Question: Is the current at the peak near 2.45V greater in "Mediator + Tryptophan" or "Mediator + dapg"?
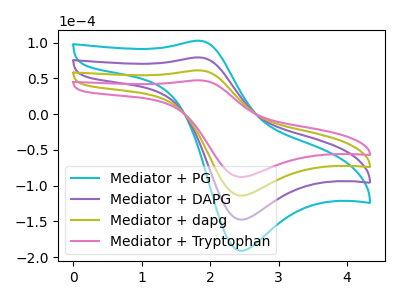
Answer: <think>The cyan curve "Mediator + PG" has an anodic peak at (1.85V, 183.30uA) and a cathodic peak at (2.45V, -341.50uA). The purple curve "Mediator + DAPG" has an anodic peak at (1.85V, 122.20uA) and a cathodic peak at (2.45V, -227.65uA). The olive curve "Mediator + dapg" has an anodic peak at (1.85V, 61.10uA) and a cathodic peak at (2.45V, -113.85uA). The pink curve "Mediator + Tryptophan" has an anodic peak at (1.85V, 47.15uA) and a cathodic peak at (2.45V, -87.85uA).</think>
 <answer>The peak at 2.45V is lower in "Mediator + Tryptophan" than in "Mediator + dapg".</answer>
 <eval>lower</eval>